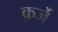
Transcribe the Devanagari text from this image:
क़र्जे